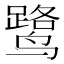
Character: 鹭